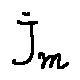
j _ { m }